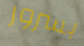
بسرور